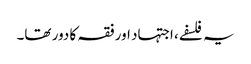
یہ فلسفے، اجتہاد اور فقہ کا دور تھا۔